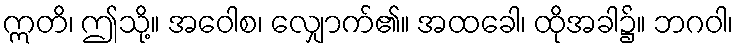
ဣတိ၊ ဤသို့။ အဝေါစ၊ လျှောက်၏။ အထခေါ၊ ထိုအခါ၌။ ဘဂဝါ၊